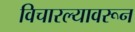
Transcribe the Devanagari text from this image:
विचारल्यावरून